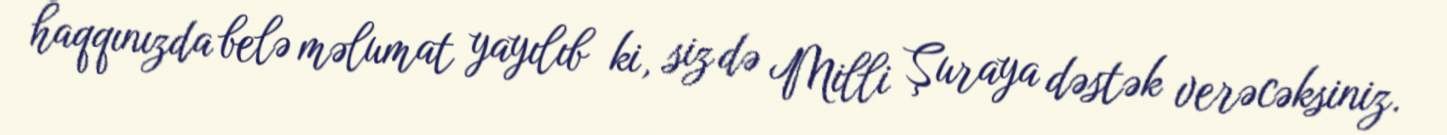
haqqınızda belə məlumat yayılıb ki, siz də Milli Şuraya dəstək verəcəksiniz.